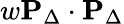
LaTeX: w\mathbf{P}_{\Delta}\cdot\mathbf{P}_{\Delta}